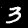
Digit: 3